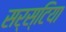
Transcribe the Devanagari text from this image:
सर्स्टिया